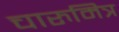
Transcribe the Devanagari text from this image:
चारुमित्र